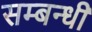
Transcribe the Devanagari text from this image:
सम्‍बन्‍धी